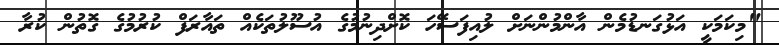
"މިކަމަކީ އަޅުގަނޑުމެން އާންމުންނަށް ލުއިފަސޭހަ ކޮށްދިނުމުގެ އުސޫލުތަކެއް ތައާރަފް ކުރުމުގެ ގޮތުން ކުރާ